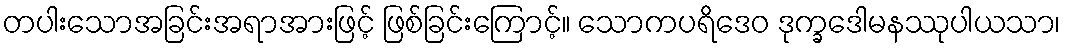
တပါးသောအခြင်းအရာအားဖြင့် ဖြစ်ခြင်းကြောင့်။ သောကပရိဒေဝ ဒုက္ခဒေါမနဿုပါယသာ၊